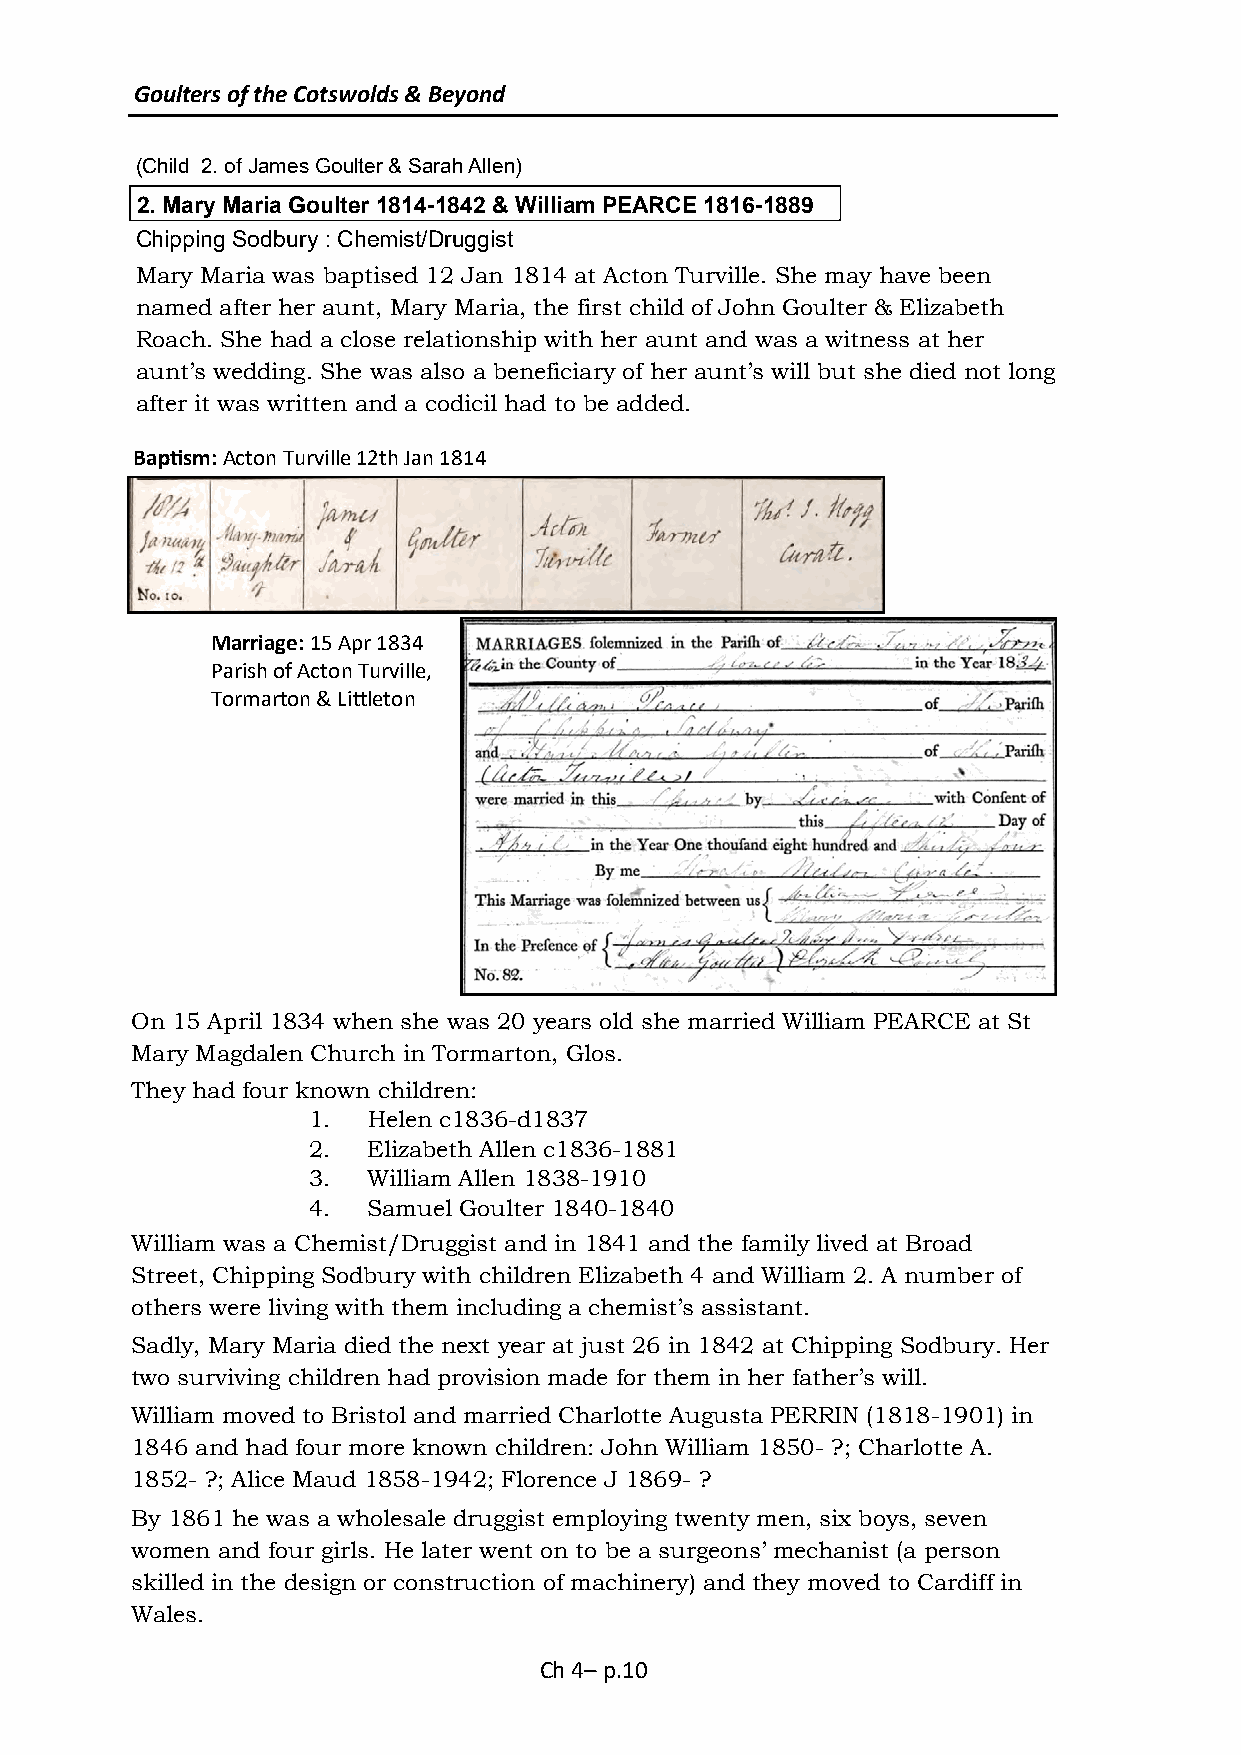
Goulters of the Cotswolds & Beyond
 (Child 2. of James Goulter & Sarah Allen)
 2. Mary Maria Goulter 1814-1842 & William PEARCE 1816-1889
 Chipping Sodbury : Chemist/Druggist
 Mary Maria was baptised 12 Jan 1814 at Acton Turville. She may have been
 named after her aunt, Mary Maria, the first child of John Goulter & Elizabeth
 Roach. She had a close relationship with her aunt and was a witness at her
 aunt’s wedding. She was also a beneficiary of her aunt’s will but she died not long
 after it was written and a codicil had to be added.
 Baptism: Acton Turville 12th Jan 1814
 Marriage: 15 Apr 1834
 Parish of Acton Turville,
 Tormarton & Littleton
 On 15 April 1834 when she was 20 years old she married William PEARCE at St
 Mary Magdalen Church in Tormarton, Glos.
 They had four known children:
 1.  Helen c1836-d1837
 2.  Elizabeth Allen c1836-1881
 3.  William Allen 1838-1910
 4.  Samuel Goulter 1840-1840
 William was a Chemist/Druggist and in 1841 and the family lived at Broad
 Street, Chipping Sodbury with children Elizabeth 4 and William 2. A number of
 others were living with them including a chemist’s assistant.
 Sadly, Mary Maria died the next year at just 26 in 1842 at Chipping Sodbury. Her
 two surviving children had provision made for them in her father’s will.
 William moved to Bristol and married Charlotte Augusta PERRIN (1818-1901) in
 1846 and had four more known children: John William 1850- ?; Charlotte A.
 1852- ?; Alice Maud 1858-1942; Florence J 1869- ?
 By 1861 he was a wholesale druggist employing twenty men, six boys, seven
 women and four girls. He later went on to be a surgeons’ mechanist (a person
 skilled in the design or construction of machinery) and they moved to Cardiff in
 Wales.
 Ch 4– p.10